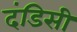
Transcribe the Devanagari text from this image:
दंडिसी